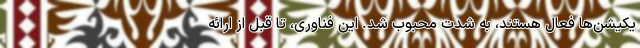
یکیشن‌ها فعال هستند، به شدت محبوب شد. این فناوری، تا قبل از ارائه